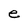
Character: e